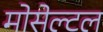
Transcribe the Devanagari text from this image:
मोसेल्टल